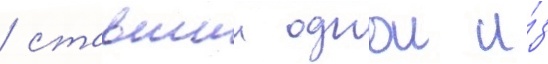
/ ставшии однои и́з